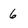
Character: 6